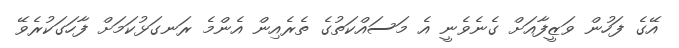
އޭގެ ފަހުން ވަޒީފާއަށް ގެނެވެނީ އެ މަސައްކަތުގެ ތެރެއިން އެންމެ ރަނގަޅުކަމަށް ފާހަގަކުރެވޭ